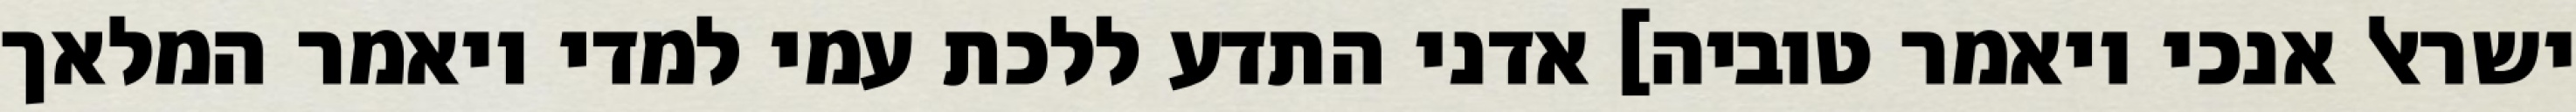
ישראל אנכי ויאמר טוביה] אדני התדע ללכת עמי למדי ויאמר המלאך